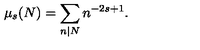
\mu _ { s } ( N ) = \sum _ { n | N } n ^ { - 2 s + 1 } .